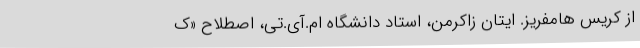
از کریس هامفریز. ایتان زاکرمن، استاد دانشگاه ام‌.آی.تی، اصطلاح «ک